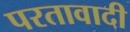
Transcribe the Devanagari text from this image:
परतावादी